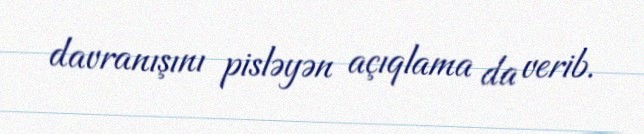
davranışını pisləyən açıqlama da verib.